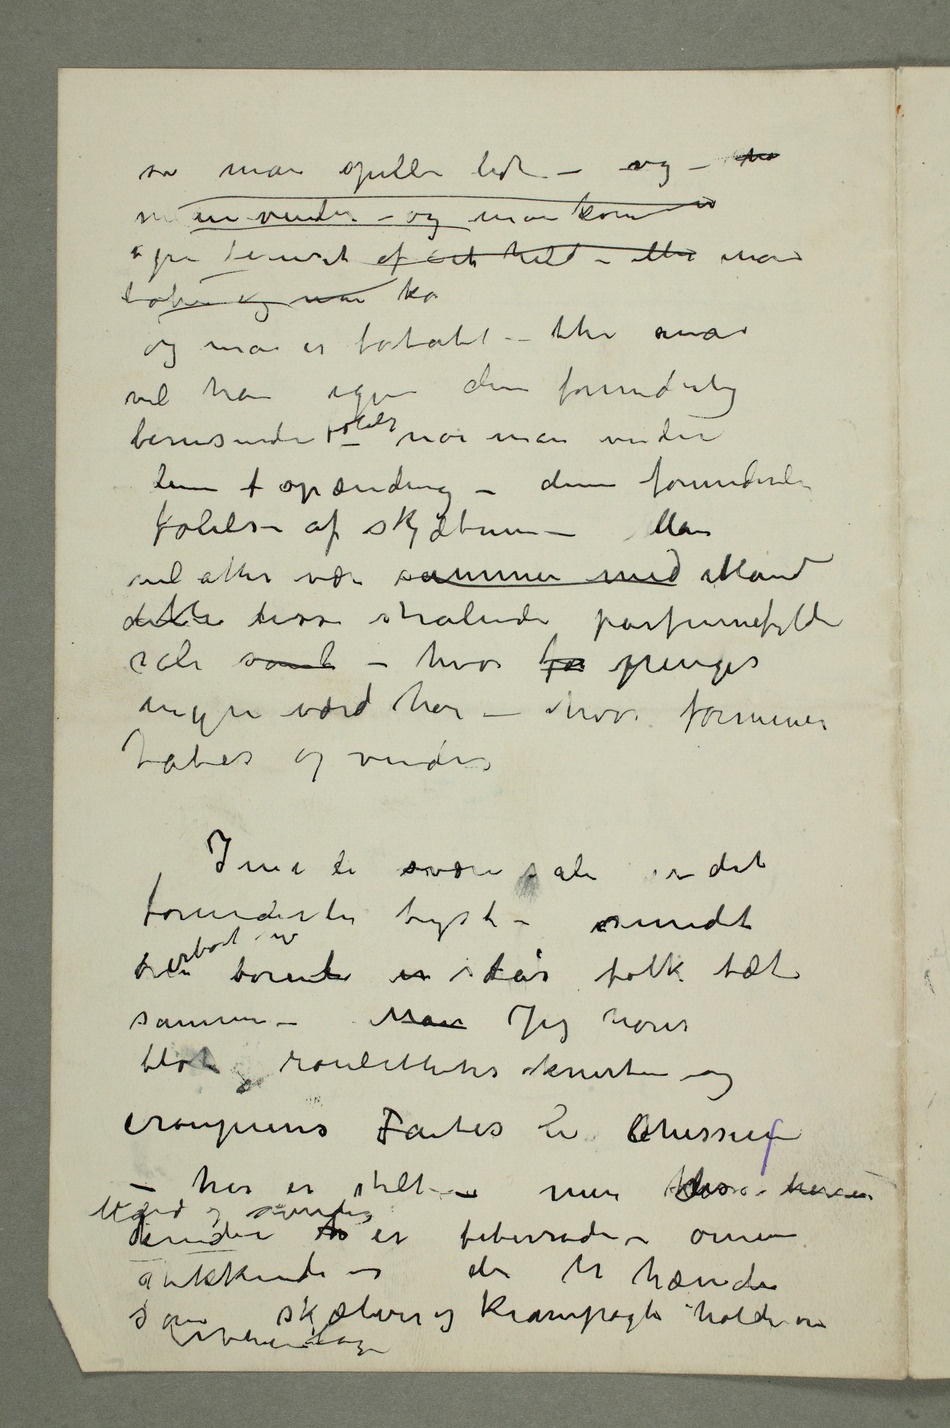
man vinder – og man kommer
taber og man ko
og man er fortabt – thi man
vil ha igjen den forunderlig
berusende følelse – når man vinder
denne  spænding – denne forunderlige
følelse af skjæbnen – Man
vil atter være sammen med ibland
sale  – hvor for penger
ingen værd har – hvor formuer
tabes og vindes
Inni de svære sale er det
forunderli tyst – rundt
– Man Jeg hører
blot roulettens knerten og
croupierens Faites le lemessieurs
– her er stilt – men disse herrer
Mænd og kvinders
kinder h er feberrøde – øinene
stikkende – der er hænder